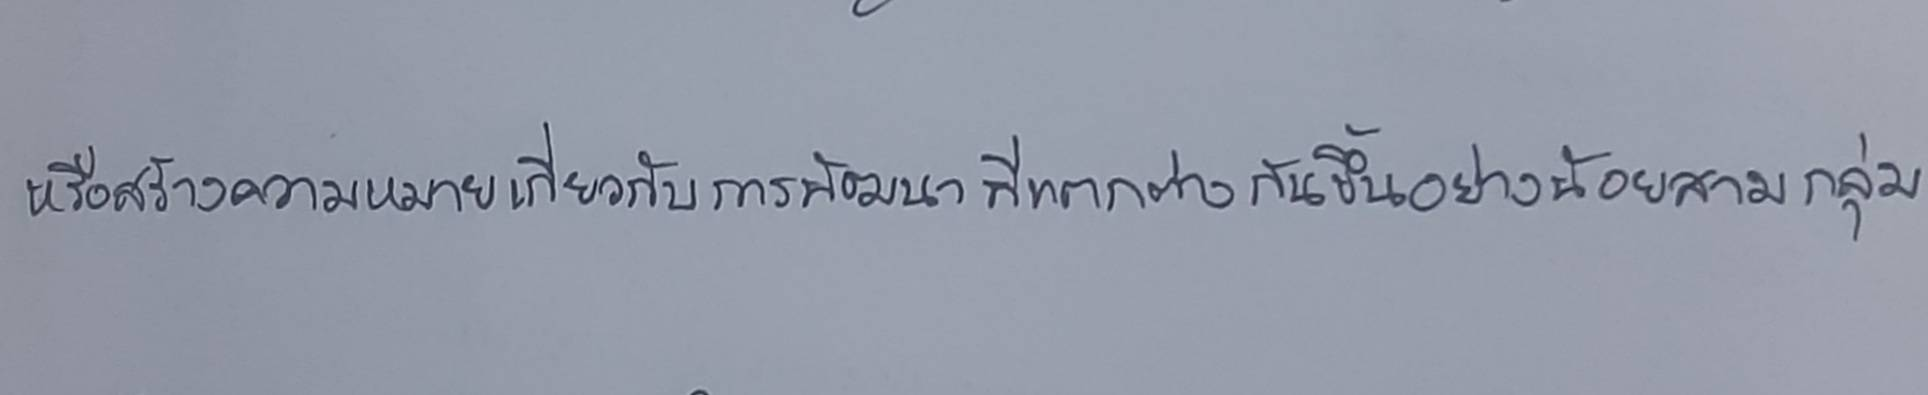
หรือสร้างความหมายเกี่ยวกับการพัฒนาที่แตกต่างกันขึ้นอย่างน้อยสามกลุ่ม